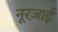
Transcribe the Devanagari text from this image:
नूरज़ाई